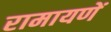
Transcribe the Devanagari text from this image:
रामायणें